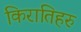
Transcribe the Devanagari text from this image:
किरातिहरु